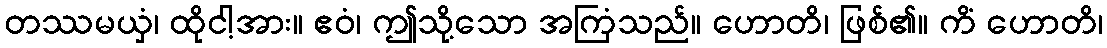
တဿမယှံ၊ ထိုငါ့အား။ ဧဝံ၊ ဤသို့သော အကြံသည်။ ဟောတိ၊ ဖြစ်၏။ ကိံ ဟောတိ၊